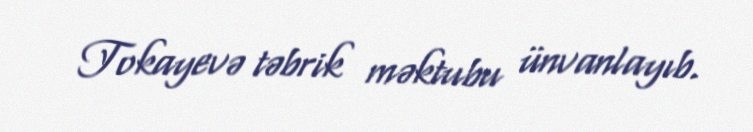
Tokayevə təbrik məktubu ünvanlayıb.